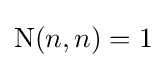
\operatorname {N} (n,n)=1